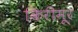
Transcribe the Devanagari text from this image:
किरीमूर